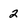
Character: 2